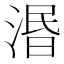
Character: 湣